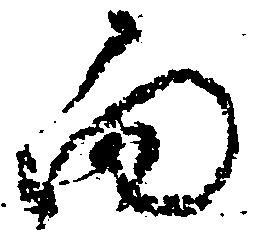
向